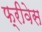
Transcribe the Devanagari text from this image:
फ्रीवेस